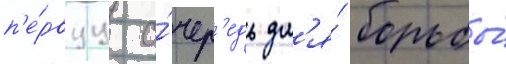
п'е́рвуу о́чер'едь дл'я́ борьбы́